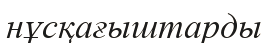
нұсқағыштарды